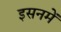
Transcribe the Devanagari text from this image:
इसनमें